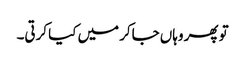
تو پھر وہاں جاکر میں کیا کرتی۔